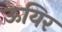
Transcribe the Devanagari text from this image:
ऊयिर